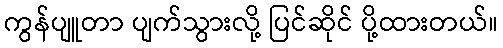
ကွန်ပျူတာ ပျက်သွားလို့ ပြင်ဆိုင် ပို့ထားတယ်။